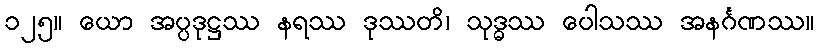
၁၂၅။ ယော အပ္ပဒုဋ္ဌဿ နရဿ ဒုဿတိ၊ သုဒ္ဓဿ ပေါသဿ အနင်္ဂဏဿ။